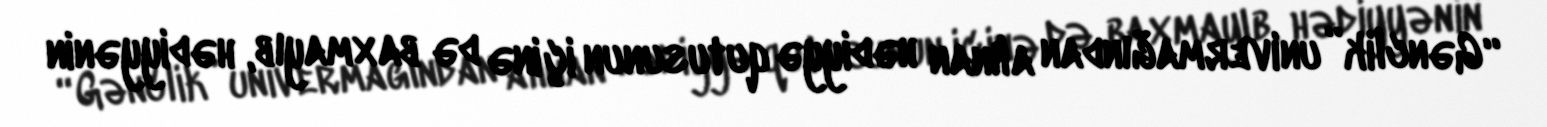
“Gənclik” univermağından alınan hədiyyə qutusunun içinə də baxmayıb, hədiyyənin